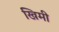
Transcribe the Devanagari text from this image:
खिमी